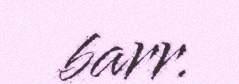
barr.